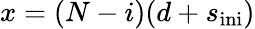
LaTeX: x=(N-i)(d+s_{\mathrm{ini}})